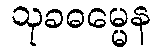
သုခဓမ္မေန